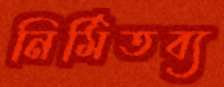
নির্মিতব্য